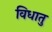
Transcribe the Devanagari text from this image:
विधातु